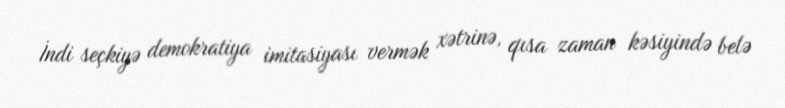
İndi seçkiyə demokratiya imitasiyası vermək xətrinə, qısa zaman kəsiyində belə